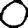
Digit: 0